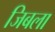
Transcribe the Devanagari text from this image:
जिबला